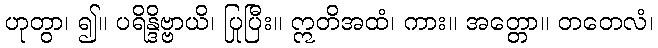
ဟုတွာ၊ ၍။ ပရိန္ဒိဗ္ဗာယိ၊ ပြုပြီး။ ဣတိအထံ၊ ကား။ အတ္တော။ တတေလံ၊